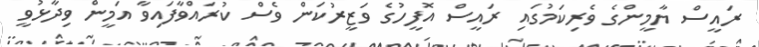
ރައީސް ޔާމީންގެ ވެރިކަމުގައި ރައީސް އޮފީހުގެ ވަޒީރުކަން ވެސް ކުރައްވާފައިވާ އަމީން ވިދާޅުވީ